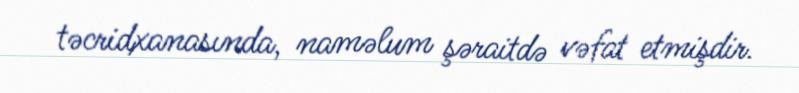
təcridxanasında, naməlum şəraitdə vəfat etmişdir.